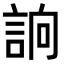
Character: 𧧦